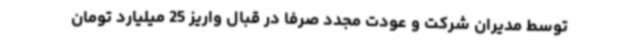
توسط مدیران شرکت و عودت مجدد صرفاً در قبال واریز 25 میلیارد تومان